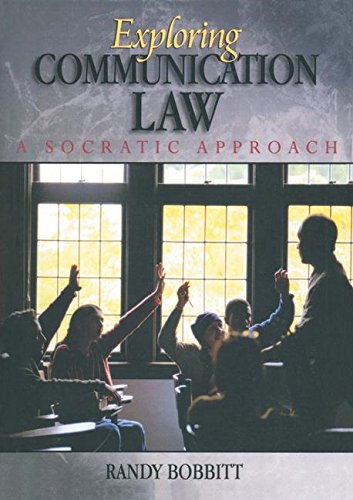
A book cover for Exploring Communication Law: A Socratic Approach; Randy Bobbitt; Law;